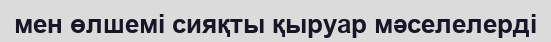
мен өлшемі сияқты қыруар мәселелерді